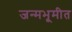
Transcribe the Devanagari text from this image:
जन्मभूमीत